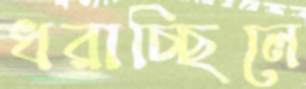
ধরাচ্ছিলে